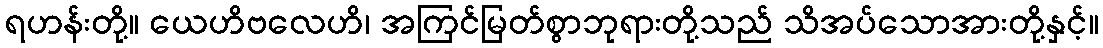
ရဟန်းတို့။ ယေဟိဗလေဟိ၊ အကြင်မြတ်စွာဘုရားတို့သည် သိအပ်သောအားတို့နှင့်။